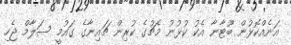
އަނެއްކޮޅުން ބޫޓާނާ އެކު ކުޅުނު މެޗުގެ ކުރިން ޗައިނާގެ ގައުމީ ސަލާމް ޖެހި